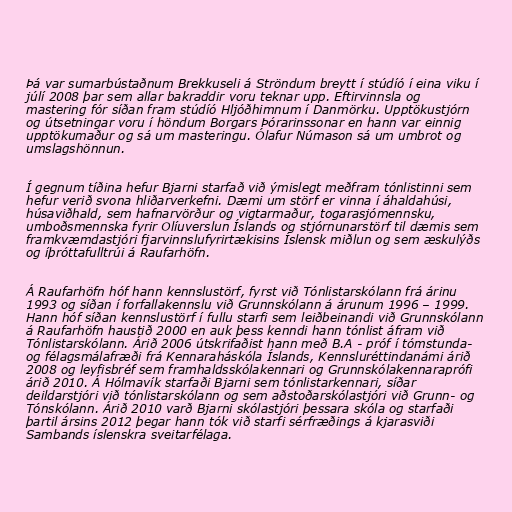
Þá var sumarbústaðnum Brekkuseli á Ströndum breytt í stúdíó í eina viku í
júlí 2008 þar sem allar bakraddir voru teknar upp. Eftirvinnsla og
mastering fór síðan fram stúdíó Hljóðhimnum í Danmörku. Upptökustjórn
og útsetningar voru í höndum Borgars Þórarinssonar en hann var einnig
upptökumaður og sá um masteringu. Ólafur Númason sá um umbrot og
umslagshönnun.

Í gegnum tíðina hefur Bjarni starfað við ýmislegt meðfram tónlistinni sem
hefur verið svona hliðarverkefni. Dæmi um störf er vinna í áhaldahúsi,
húsaviðhald, sem hafnarvörður og vigtarmaður, togarasjómennsku,
umboðsmennska fyrir Olíuverslun Íslands og stjórnunarstörf til dæmis sem
framkvæmdastjóri fjarvinnslufyrirtækisins Íslensk miðlun og sem æskulýðs
og íþróttafulltrúi á Raufarhöfn.

Á Raufarhöfn hóf hann kennslustörf, fyrst við Tónlistarskólann frá árinu
1993 og síðan í forfallakennslu við Grunnskólann á árunum 1996 – 1999.
Hann hóf síðan kennslustörf í fullu starfi sem leiðbeinandi við Grunnskólann
á Raufarhöfn haustið 2000 en auk þess kenndi hann tónlist áfram við
Tónlistarskólann. Árið 2006 útskrifaðist hann með B.A - próf í tómstunda-
og félagsmálafræði frá Kennaraháskóla Íslands, Kennsluréttindanámi árið
2008 og leyfisbréf sem framhaldsskólakennari og Grunnskólakennaraprófi
árið 2010. Á Hólmavík starfaði Bjarni sem tónlistarkennari, síðar
deildarstjóri við tónlistarskólann og sem aðstoðarskólastjóri við Grunn- og
Tónskólann. Árið 2010 varð Bjarni skólastjóri þessara skóla og starfaði
þartil ársins 2012 þegar hann tók við starfi sérfræðings á kjarasviði
Sambands íslenskra sveitarfélaga.